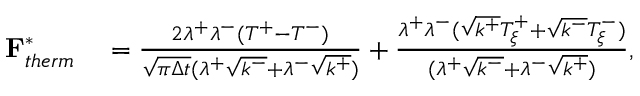
\begin{array} { r l } { \mathbf { F } _ { t h e r m } ^ { * } } & { { } = \frac { 2 \lambda ^ { + } \lambda ^ { - } ( T ^ { + } - T ^ { - } ) } { \sqrt { \pi \Delta t } ( \lambda ^ { + } \sqrt { k ^ { - } } + \lambda ^ { - } \sqrt { k ^ { + } } ) } + \frac { \lambda ^ { + } \lambda ^ { - } ( \sqrt { k ^ { + } } T _ { \xi } ^ { + } + \sqrt { k ^ { - } } T _ { \xi } ^ { - } ) } { ( \lambda ^ { + } \sqrt { k ^ { - } } + \lambda ^ { - } \sqrt { k ^ { + } } ) } , } \end{array}